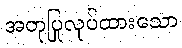
အတုပြုလုပ်ထားသော